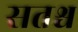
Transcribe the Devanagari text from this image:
सतश्च